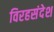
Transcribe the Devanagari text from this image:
विरहसंदेश